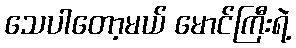
သေပါတော့မယ် မောင်ကြီးရဲ့